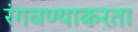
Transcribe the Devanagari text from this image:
रंगवण्याकरता